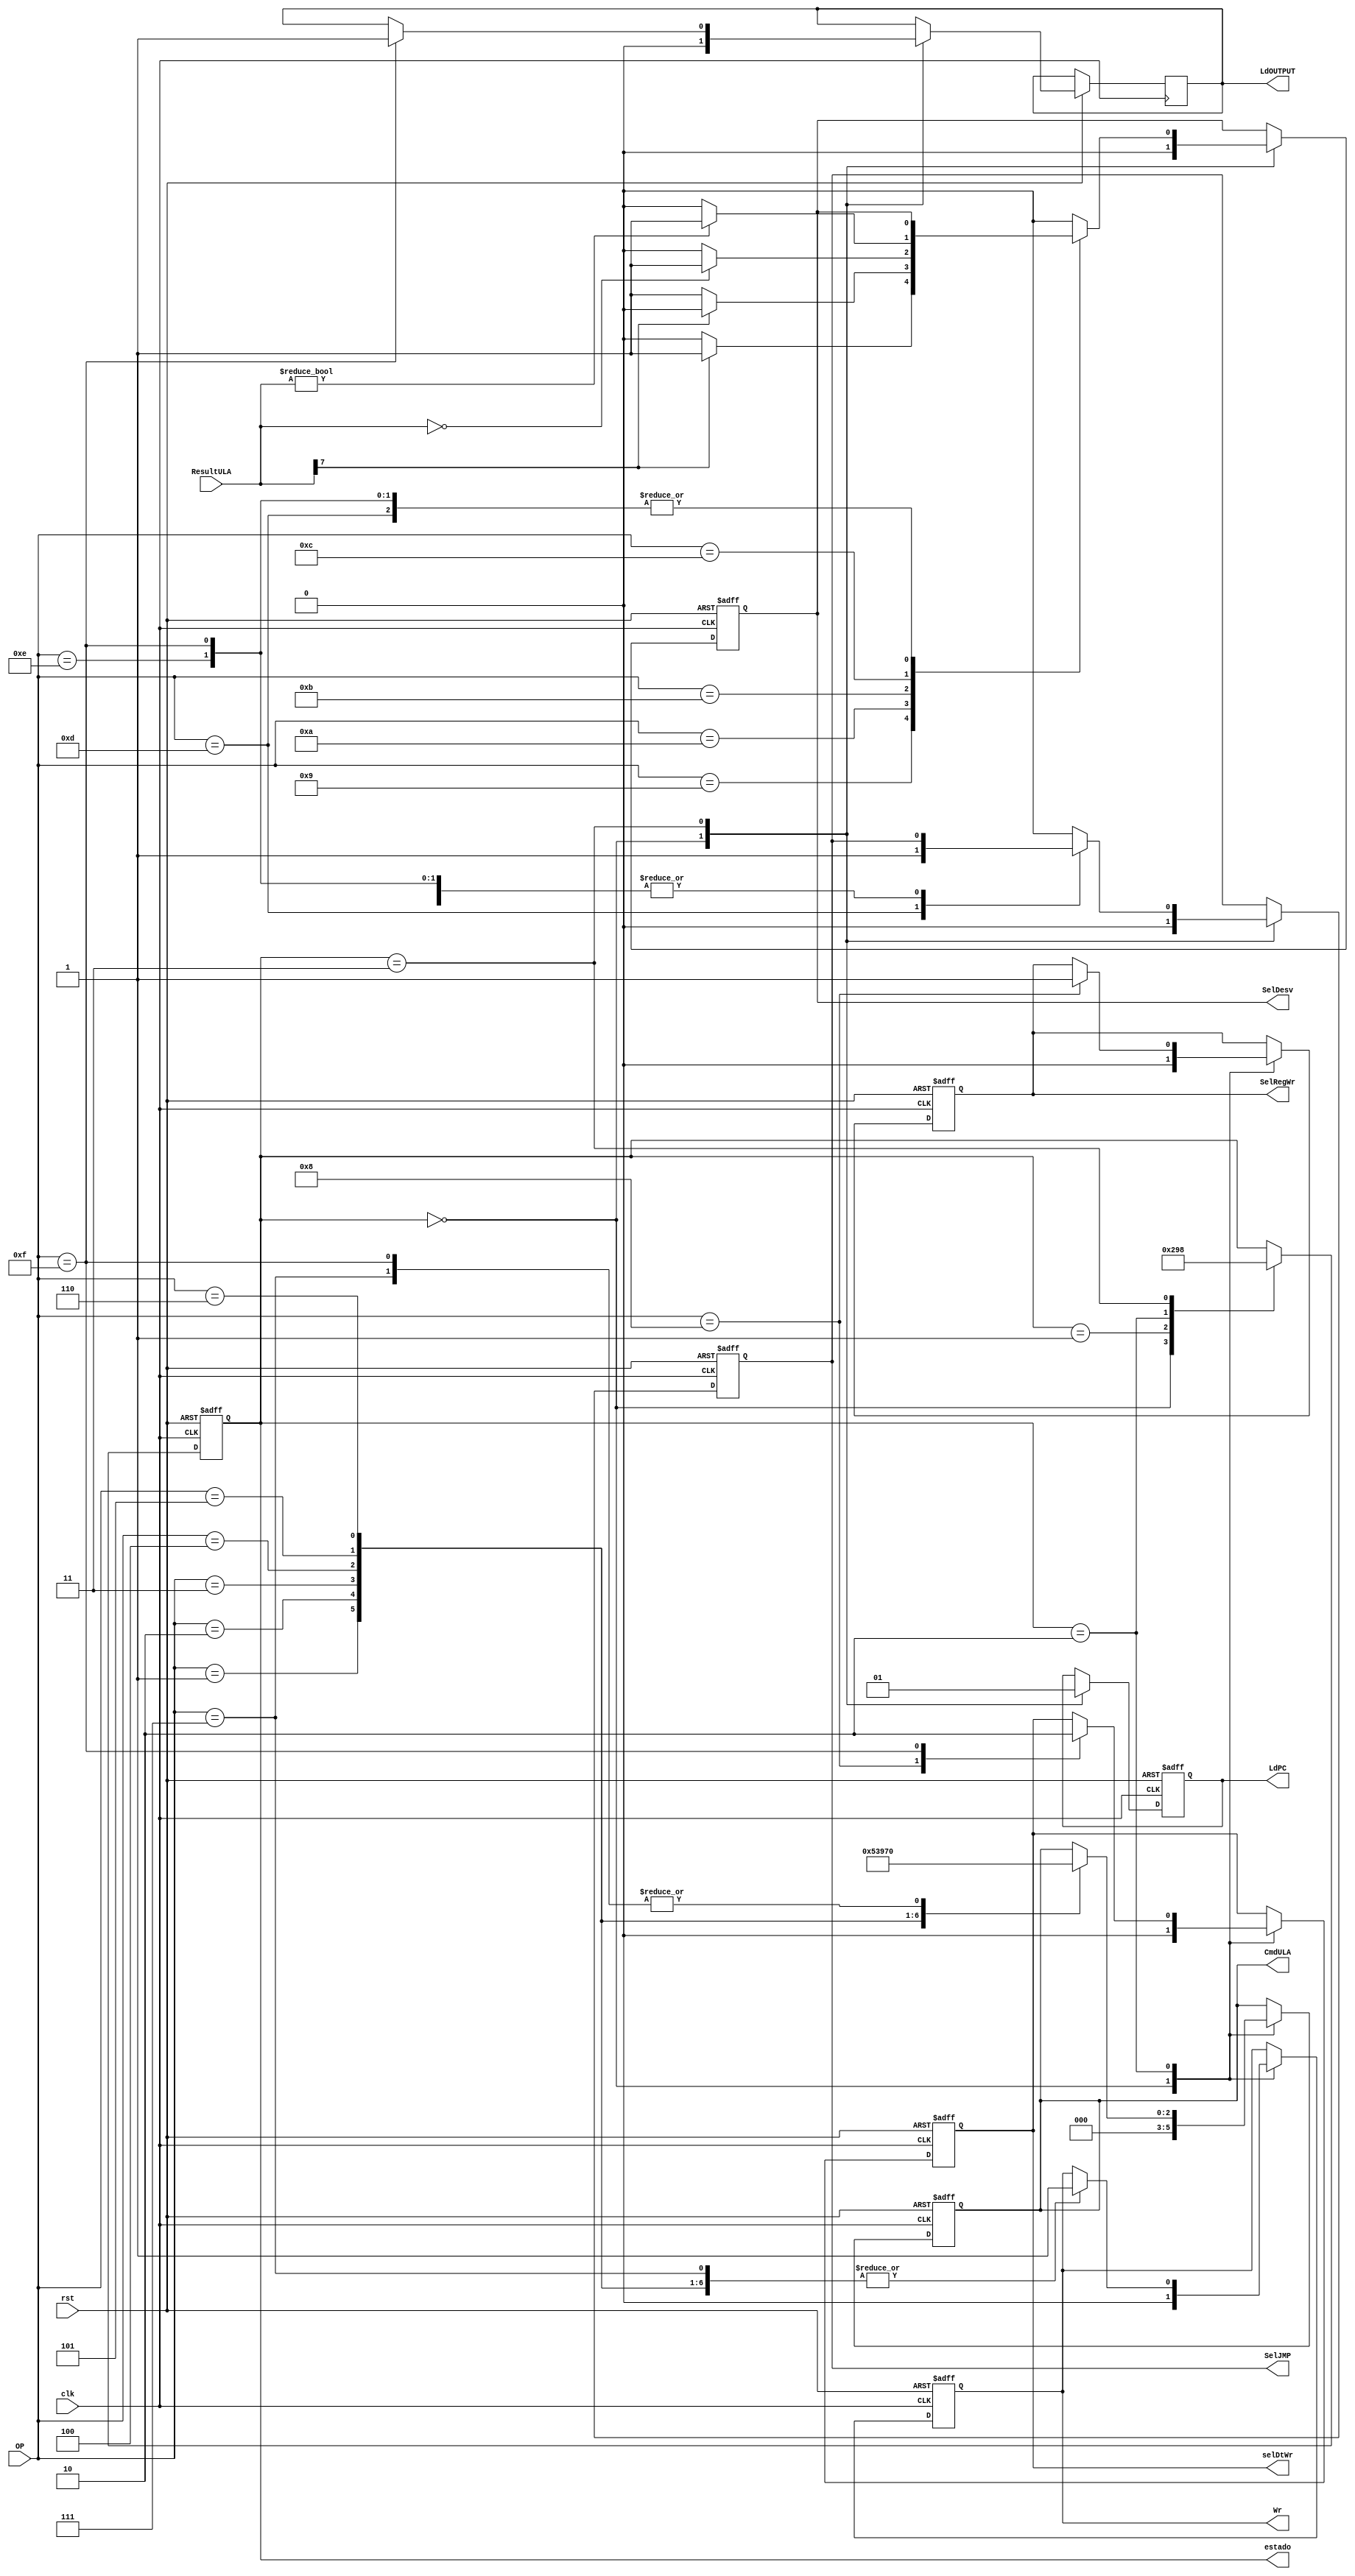
	 
module ctrl ( 	estado, 
					clk, 
					rst, 
					OP, 
					ResultULA, 
					selDtWr, 
					Wr, 
					LdPC, 
					SelJMP, 
					SelDesv, 
					CmdULA, 
					LdOUTPUT,
					SelRegWr
					);
  input clk, rst;
  input [3:0] OP;
  input [7:0] ResultULA;
  output reg SelRegWr;
  output reg selDtWr, Wr, LdPC, SelJMP, SelDesv, LdOUTPUT;
  output reg [2:0] CmdULA; 
  output reg [2:0] estado;
  
// opcode das instrues					
  localparam opNOP  =4'h0, 
				opADD  =4'h1,
				opAND  =4'h2,
				opOR   =4'h3,
				opSUB  =4'h4,
				opNEG	 =4'h5,
				opNOT  =4'h6,
				opCPY  =4'h7,
				opLRG  =4'h8, 
				opBLT  =4'h9, 
				opBGT  =4'hA, 
				opBEQ  =4'hB, 
				opBNE  =4'hC, 
				opJMP  =4'hD, 
				opINPUT=4'hE,
				opOUTPUT=4'hF;


  // comandos para a ULA				
  localparam cmdTSTR1 =3'd0, 
				cmdADD   =3'd1,
				cmdAND   =3'd2,
				cmdOR    =3'd3,
				cmdSUB   =3'd4,
				cmdNEG   =3'd5,
				cmdNOT   =3'd6;		
  
  always @ (posedge clk or negedge rst) begin
		if (rst==0) begin // reseta todos os sinais de controle
		   estado = 3'd0;
		   selDtWr <= 2'b00; 
		   Wr <= 1'b0;
		   LdPC <= 1'b0;
			SelJMP <= 1'b0;
			SelDesv <= 1'b0;
			    CmdULA <= cmdTSTR1;
			estado <= 3'd1;
			SelRegWr <= 1'b0;	
		end 
		else begin
		  case (estado)
		    0: begin // reseta todos os sinais de controle para proceder a carga de uma nova instruo
					selDtWr <= 2'b00; 
					Wr <= 1'b0;
					LdPC <= 1'b0;
					SelJMP <= 1'b0;
					SelDesv <= 1'b0;
					CmdULA <= cmdTSTR1;
					estado <= 3'd1;
					LdOUTPUT <= 1'b0;
					SelRegWr <= 1'b0;
				 end 	
			 1: estado <= 3'd2; // aguarda a leitura da instruo na memria
			 2: begin // decodifica a instruo e programa o caminho de dados
			      case (OP)
					  opNOP:begin // no efetua nenhum comando 
					  
							    end
					  opADD:begin 
								  CmdULA <= cmdADD;//envia comando para ula efetuar a operao ADD
								  Wr <= 1'b1; 		 // envia o sinal ativo para escrever no banco registrador 
							   end
					  opAND:begin
					           CmdULA <= cmdAND;//envia comando para ula efetuar a operao AND
								  Wr <= 1'b1; 
								end
								
					  opOR :begin
					           CmdULA <= cmdOR; //envia comando para ula efetuar a operao OR
								  Wr <= 1'b1;
								end
					  opSUB:begin
					           CmdULA <= cmdSUB; //envia comando para ula efetuar a operao SUB
								  Wr <= 1'b1; 
								end
					  opNEG:begin
					           CmdULA <= cmdNEG; //envia comando para ula efetuar a operao NEG
								  Wr <= 1'b1;
								end
					  opNOT:begin
					           CmdULA <= cmdNOT; //envia comando para ula efetuar a operao NOT
								  Wr <= 1'b1; 
								end
					  opCPY:begin
					           CmdULA <= cmdTSTR1;
								  Wr <= 1'b1;
								end  
					  opLRG: begin
					            SelRegWr <= 1'b1; //multiplexador libera o canal para o endereco 
					            selDtWr <= 2'b01; //
									Wr <= 1'b1;
								end
					  opBLT:;
 					  opBGT:;
					  opBEQ:;
					  opBNE:;	
					  opJMP:;
					  opINPUT:; // dvida
					  opOUTPUT:begin
								  CmdULA <= cmdTSTR1;
								  selDtWr <= 0;
								  end
						default:;
					endcase  
				   estado <= 3'd3; //
				 end
			 3: begin  // prepara a carga da prxima instruo
					LdPC <= 1'b1;
					estado <= 3'd0; //
//			      Wr <= 1'b0;
//					estado <= 3'd4; 
					case (OP)
			        opJMP: SelJMP <= 1'b1;
					  opBLT: SelDesv <= (ResultULA[7] == 8'd1 ? 1'b1 : 1'b0);
					  opBGT: SelDesv <= (ResultULA[7] == 8'd0 ? 1'b1 : 1'b0);
					  opBEQ: SelDesv <= (ResultULA == 8'd0 ? 1'b1 : 1'b0);
					  opBNE: SelDesv <= (ResultULA != 8'd0 ? 1'b1 : 1'b0);
					  opINPUT:; // dvida
					  opOUTPUT:  LdOUTPUT <= 1'b1; 
					  default: begin
									 SelJMP = 0;
									 SelDesv = 0;
								  end
			      endcase
				 end
//			 4: begin
//			      estado <= 3'd0; 
//					LdPC <= 1'b1;
//				 end																									
			 default:; 	 
		  endcase  
		end
  end
  
  
endmodule